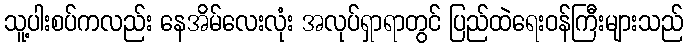
သူ့ပါးစပ်ကလည်း နေအိမ်လေးလုံး အလုပ်ရှာရာတွင် ပြည်ထဲရေးဝန်ကြီးများသည်